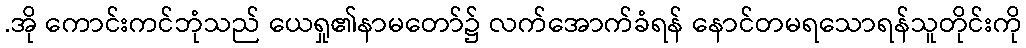
.အို ကောင်းကင်ဘုံသည် ယေရှု၏နာမတော်၌ လက်အောက်ခံရန် နောင်တမရသောရန်သူတိုင်းကို